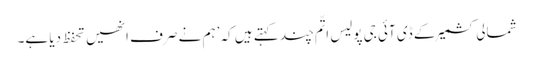
شمالی کشمیر کے ڈی آئی جی پولیس اتّم چند کہتے ہیں کہ ’ہم نے صرف انھیں تحفظ دیا ہے۔